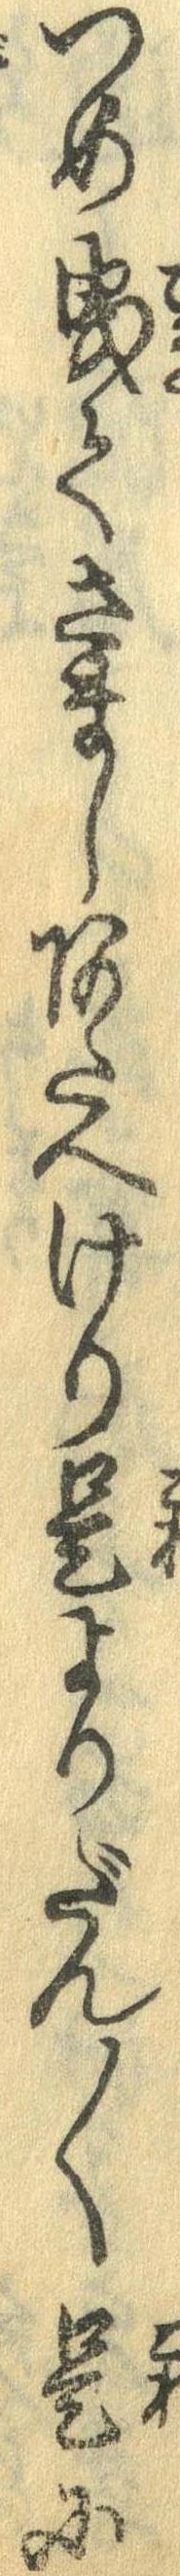
つめ曳てさましあたへけり是よりだん〱是に